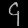
Digit: ၄